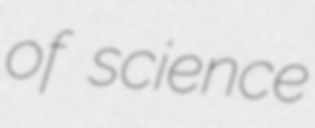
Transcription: of science